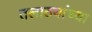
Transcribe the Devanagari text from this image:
तलाठयांच्या